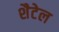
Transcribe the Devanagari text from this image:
शैटेल